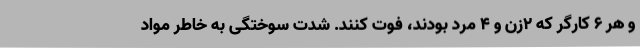
و هر ۶ کارگر که ۲زن و ۴ مرد بودند، فوت کنند. شدت سوختگی به خاطر مواد